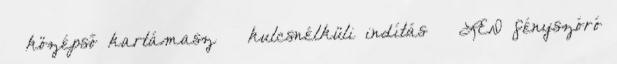
– középső kartámasz – kulcsnélküli indítás – LED fényszóró